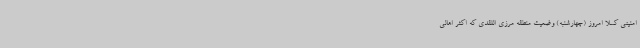
امنیتی کسلا امروز (چهارشنبه) وضعیت منطقه مرزی اللقدی که اکثر اهالی